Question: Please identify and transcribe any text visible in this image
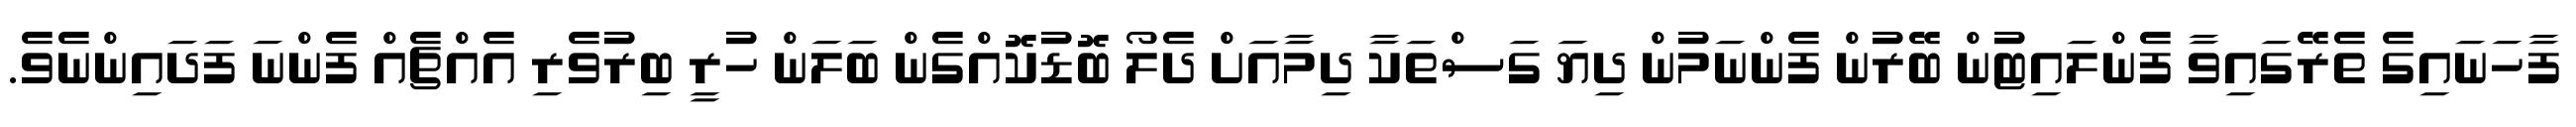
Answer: ފާހަނައިގެ ތެރޭގައިވާ ފެންލައިޓުން ބޭރުން ފެންނަމުން ދިޔަ ގަސްތަކާ ދިމާއަށް ދެލޯ ބޮޑުކޮއްގެން ބަލަން ހުރީ ބިރުވެރި އެއްޗެއް ފެންނަ ފަދައިންނެވެ.